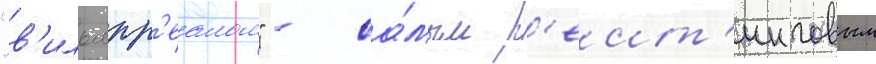
"в'ильярр'еалом" - са́мым р'еит'инговым